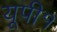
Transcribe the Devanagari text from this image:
यूपी१